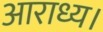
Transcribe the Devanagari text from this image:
आराध्य।